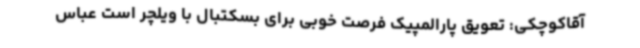
آقاکوچکی: تعویق پارالمپیک فرصت خوبی برای بسکتبال با ویلچر است عباس